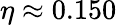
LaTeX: \eta\approx 0.150